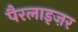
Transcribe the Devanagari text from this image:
पैरलाइज़र